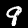
Digit: 9